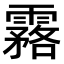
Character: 𩅬